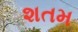
શતમ